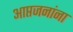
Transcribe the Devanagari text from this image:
आप्तजनांना